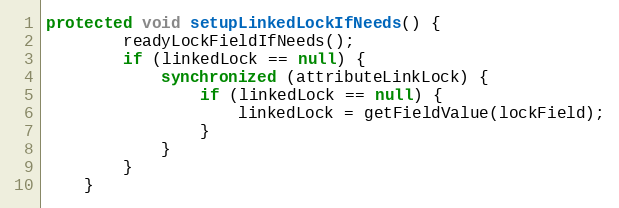
Language: Java
protected void setupLinkedLockIfNeeds() {
        readyLockFieldIfNeeds();
        if (linkedLock == null) {
            synchronized (attributeLinkLock) {
                if (linkedLock == null) {
                    linkedLock = getFieldValue(lockField);
                }
            }
        }
    }